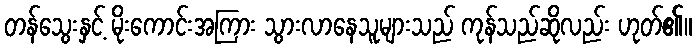
တန်သွေးနှင့် မိုးကောင်းအကြား သွားလာနေသူများသည် ကုန်သည်ဆိုလည်း ဟုတ်၏။